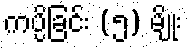
ကပ္ပိခြင်း (၅) မျိုး